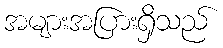
အများအပြားရှိသည်